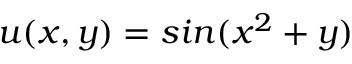
u ( x , y ) = s i n ( x ^ { 2 } + y )